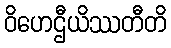
ဝိဟေဌီယိဿတီတိ